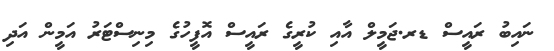
ނައިބު ރައީސް ޑރ.ޖަމީލް އާއި ކުރީގެ ރައީސް އޮފީހުގެ މިނިސްޓަރު އަމީން އަދި